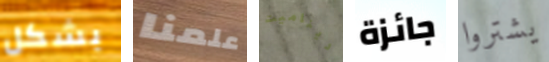
بشكل علمنا ديناميت جائزة يشتروا